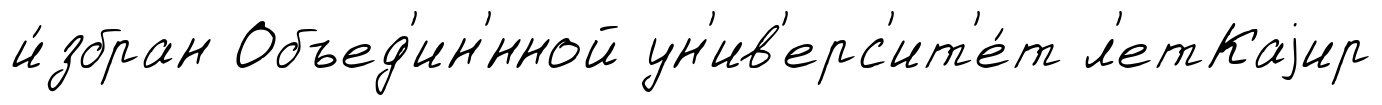
и́збран Объед'ин'́нной ун'ив'ерс'ит'е́т л'етКаjир